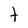
Character: t